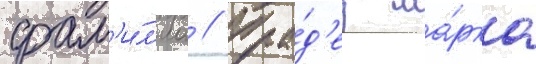
фам'и́л'иа // Пра́д'ед ма́рка